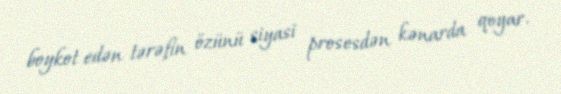
boykot edən tərəfin özünü siyasi prosesdən kənarda qoyar.